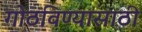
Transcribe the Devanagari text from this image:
गोठविण्यासाठी